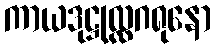
ကာယဒုဋ္ဌုလ္လဂရုနော